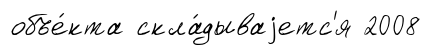
объе́кта скла́дываjетс'я 2008